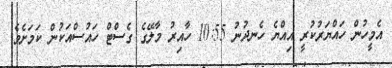
އެމީހުން ހައްޔަރުކުރީ އިއްޔެ ހެނދުނު 10:55 ހާއިރު މާލޭގެ ގެސްޓް ހައުސްއަކުން ކަމަށެވެ.